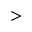
>